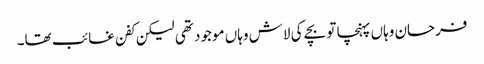
فرحان وہاں پہنچا تو بچے کی لاش وہاں موجود تھی لیکن کفن غائب تھا۔